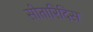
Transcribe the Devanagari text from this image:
सीतारिदिस